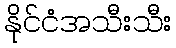
နိုင်ငံအသီးသီး